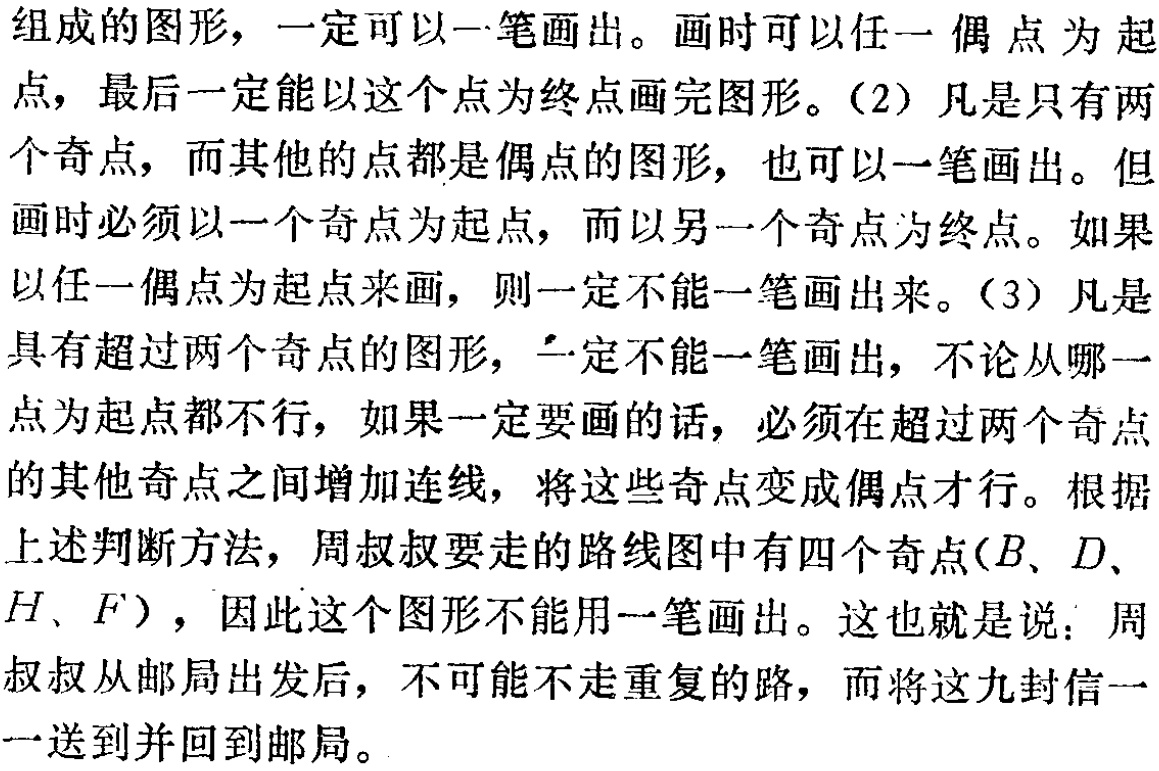
组成的图形，一定可以一笔画出。画时可以任一偶点为起点，最后一定能以这个点为终点画完图形。（2）凡是只有两个奇点，而其他的点都是偶点的图形，也可以一笔画出。但画时必须以一个奇点为起点，而以另一个奇点为终点。如果以任一偶点为起点来画，则一定不能一笔画出来。（3）凡是具有超过两个奇点的图形，一定不能一笔画出，不论从哪一点为起点都不行，如果一定要画的话，必须在超过两个奇点的其他奇点之间增加连线，将这些奇点变成偶点才行。根据上述判断方法，周叔叔要走的路线图中有四个奇点($B、D、H、F$) ，因此这个图形不能用一笔画出。这也就是说：周叔叔从邮局出发后，不可能不走重复的路，而将这九封信一一送到并回到邮局。